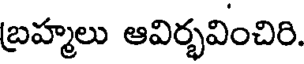
బ్రహ్మలు ఆవిర్భవించిరి.